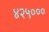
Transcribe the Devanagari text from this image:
४२५०००